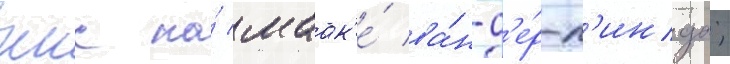
ккс на́ маак'е́ ва́н-д'е́р-л'инда;